Annual report on the working of the mental hospitals in the Madras Presidency - 1912-1932
Year: 1912
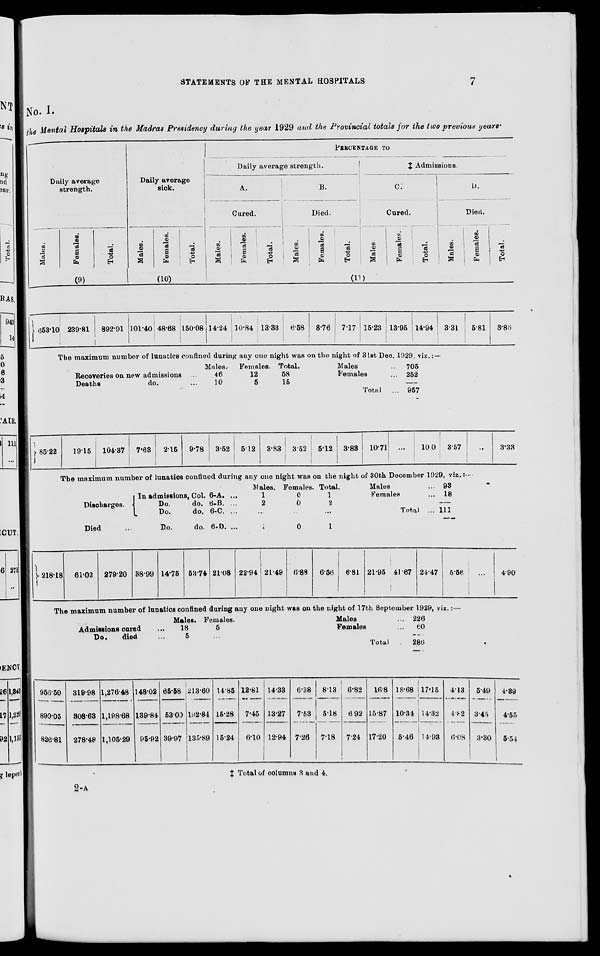
STATEMENTS OF THE MENTAL HOSPITALS
7
No. I.
the Mental Hospitals in the Madras Presidency during the year 1929 and the Provincial totals for the two previous years.
Daily average
strength.
Males.
Females.
Total.
(9)
Daily average
sick.
Males.
Females.
Total.
(10)
PERCENTAGE TO
Daily average strength.
A.
Cured.
Males.
Females.
Total.
B.
Died.
Males.
Females.
Total.
‡ Admissions.
C.
Cured.
Males.
Females.
Total.
D.
Died.
Males.
Females.
Total.
(11)
653.10 239.81 892.91 101.40 48.68 150.08 14.24 10.84 13.33 6.58 8.76 7.17 15.23
13.95 14.94 3.31
5.81
3.86
The maximum number of lunatics confined during any one night was on the night of 31st Dec. 1929, viz. :—
Recoveries on new admissions ...
Deaths
do. ...
Males.
46
10
Females.
12
5
Total.
58
15
Males ...
Females ...
Total ...
705
252
957
85.22
19.15 104.37
7.63
2.15
9.78
3.52
5.12
3.83 3.52
5.12 3.83
10.71
...
10.0
3.57
...
3.33
The maximum number of lunatics confined during any one night was on the night of 30th December 1929, viz. :—
Males.
Discharges.
In admissions, Col. 6-A. ...
Do.
do. 6-B. ...
Do.
do. 6-C. ...
Died
...
Do.
do. 6-D. ...
Males.
1
2
...
1
Females.
0
0
...
0
Total.
1
2
...
1
Males ...
Females ...
Total ...
93
18
111
218.18 61.02 279.20 38.99 14.75 53.74 21.08 22.94 21.49 6.88
6.56
6.81 21.95 41.67 24.47
5.56
...
4.90
The maximum number of lunatics confined during any one night was on the night of 17th September 1929, viz. :—
Admissions cured ...
Do.
died ...
Males.
18
5
Females.
5
...
Males ...
Females ...
Total ...
226
60
286
956.50
890.05
826.81
319.98
308.63
278.48
1,276.48
1,198.68
1,105.29
148.02
139.84
95.92
65.58
53.00
39.97
213.60
192.84
135.89
14.85
15.28
15.24
12.81
7.45
6.10
14.33
13.27
12.94
6.38
7.53
7.26
8.13
5.18
7.18
6.82
6.92
7.24
16.8
15.87
17.20
18.68
10.34
5.46
17.15
14.32
14.93
4.13
4.82
6.08
5.49
3.45
3.30
4.39
4.55
5.54
‡ Total of columns 3 and 4.
2-A